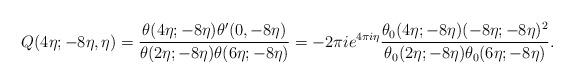
LaTeX: \begin{align*}Q(4\eta; -8\eta, \eta) = \frac{\theta(4\eta; -8\eta) \theta'(0, -8\eta)}{\theta(2\eta; -8\eta) \theta(6\eta; -8\eta)}= -2\pi i e^{4\pi i \eta} \frac{\theta_0(4\eta; -8\eta) (-8\eta; -8\eta)^2}{\theta_0(2\eta; -8\eta) \theta_0(6\eta; -8\eta)}.\end{align*}